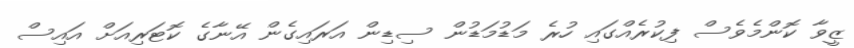
ޒީވާ ކޮންމެވެސް ފިކުރެއްގައި ހުރެ މަޑުމަޑުން ސިޑިން އަރައިގެން އޭނާގެ ކޮޓަރިއަށް އައިސް